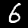
Digit: 6